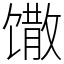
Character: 馓